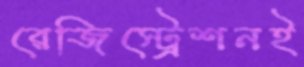
রেজিস্ট্রেশনই